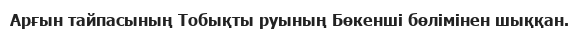
Арғын тайпасының Тобықты руының Бөкенші бөлімінен шыққан.